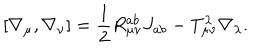
LaTeX: [ \nabla _ { \mu } , \nabla _ { \nu } ] = \frac { 1 } { 2 } R _ { \mu \nu } ^ { a b } J _ { a b } - T _ { \mu \nu } ^ { \lambda } \nabla _ { \lambda } .